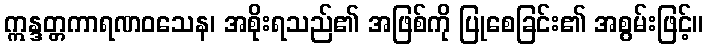
ဣန္ဒတ္တကာရဏဝသေန၊ အစိုးရသည်၏ အဖြစ်ကို ပြုစေခြင်း၏ အစွမ်းဖြင့်။